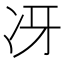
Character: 冴